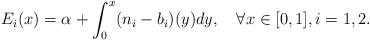
LaTeX: \begin{align*} E_i(x)=\alpha+\int_0^x(n_i-b_i)(y)dy,\quad\forall x\in[0,1], i=1,2.\end{align*}